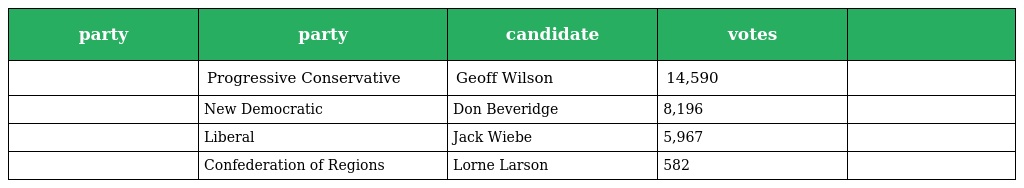
| party | party | candidate | votes |  |
 | --- | --- | --- | --- | --- |
 |  | Progressive Conservative | Geoff Wilson | 14,590 |  |
 |  | New Democratic | Don Beveridge | 8,196 |  |
 |  | Liberal | Jack Wiebe | 5,967 |  |
 |  | Confederation of Regions | Lorne Larson | 582 |  |